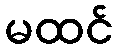
မထင်